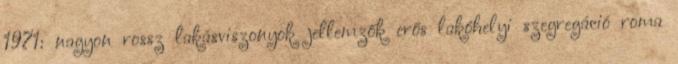
1971: nagyon rossz lakásviszonyok jellemzők erős lakóhelyi szegregáció roma